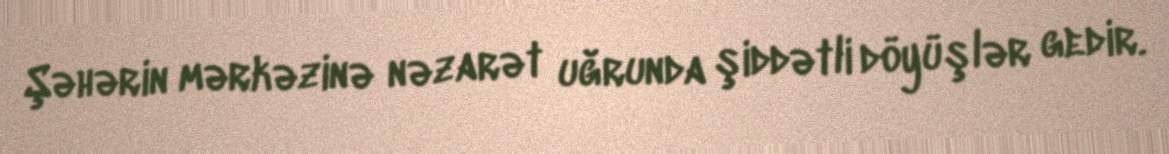
Şəhərin mərkəzinə nəzarət uğrunda şiddətli döyüşlər gedir.